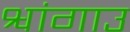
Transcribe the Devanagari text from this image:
श्वांगाउ